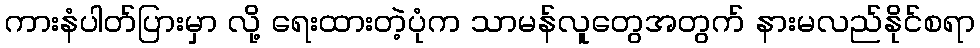
ကားနံပါတ်ပြားမှာ လို့ ရေးထားတဲ့ပုံက သာမန်လူတွေအတွက် နားမလည်နိုင်စရာ